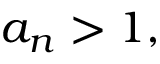
a _ { n } > 1 ,